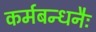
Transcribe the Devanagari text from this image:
कर्मबन्धनैः